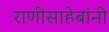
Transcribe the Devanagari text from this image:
राणीसाहेबांनी